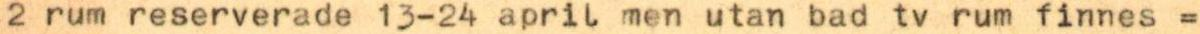
2 rum reserverade 13-24 april men utan bad tv rum finnes =